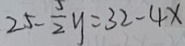
2 5 - \frac { 5 } { 2 } y = 3 2 - 4 x